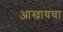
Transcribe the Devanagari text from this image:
आखायचा